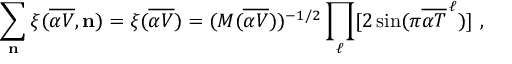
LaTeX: \sum _ { \bf n } \xi ( { \overline { { { \alpha V } } } } , { \bf n } ) = \xi ( { \overline { { { \alpha V } } } } ) = ( M ( { \overline { { { \alpha V } } } } ) ) ^ { - 1 / 2 } \prod _ { \ell } [ 2 \sin ( \pi { \overline { { { \alpha T } } } } ^ { \, \ell } ) ] ~ ,